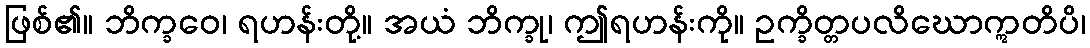
ဖြစ်၏။ ဘိက္ခဝေ၊ ရဟန်းတို့။ အယံ ဘိက္ခု၊ ဤရဟန်းကို။ ဥက္ခိတ္တပလိဃောဣတိပိ၊